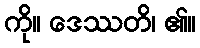
ကို။ ဒေဿတိ၊ ၏။